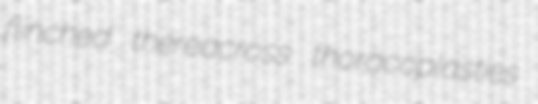
flinched thereacross thoracoplasties